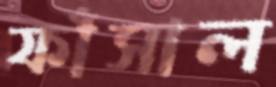
ফাঁসাল